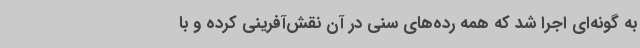
به گونه‌ای اجرا شد که همه رده‌های سنی در آن نقش‌آفرینی کرده و با